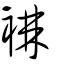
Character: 襋